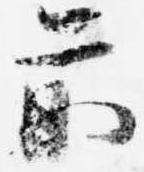
前